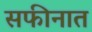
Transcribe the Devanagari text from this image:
सफीनात